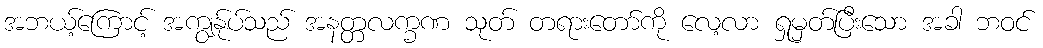
အဘယ့်ကြောင့် အကျွန်ုပ်သည် အနတ္တလက္ခဏ သုတ် တရားတော်ကို လေ့လာ ရှုမှတ်ပြီးသော အခါ ဘဝင်